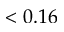
< 0 . 1 6